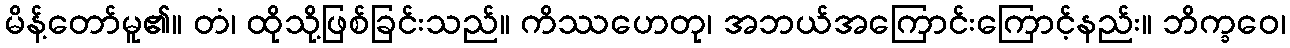
မိန့်တော်မူ၏။ တံ၊ ထိုသို့ဖြစ်ခြင်းသည်။ ကိဿဟေတု၊ အဘယ်အကြောင်းကြောင့်နည်း။ ဘိက္ခဝေ၊